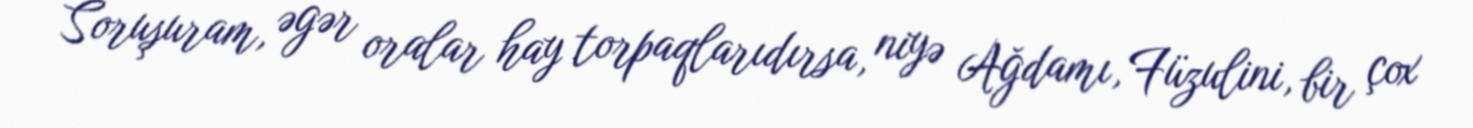
Soruşuram, əgər oralar hay torpaqlarıdırsa, niyə Ağdamı, Füzulini, bir çox